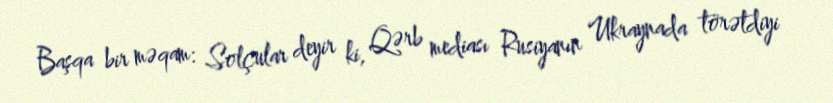
Başqa bir məqam: Solçular deyir ki, Qərb mediası Rusiyanın Ukraynada törətdiyi